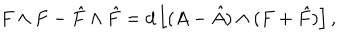
F \wedge F - \hat { F } \wedge \hat { F } = d \left[ ( A - \hat { A } ) \wedge ( F + \hat { F } ) \right] ,